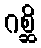
ဂစ္ဆိ